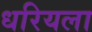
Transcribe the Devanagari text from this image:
धरियला